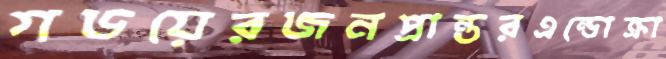
গডয়েরজনপ্রান্তরএন্ডোক্রা